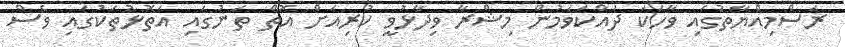
ރަސްމިއްޔާތުގައި ވާހަކަ ދައްކަވަމުން މިޝްރާ ވިދާޅުވީ ކުރިއަށް އޮތް ތަނުގައި އަތޮޅުތަކުގައި ވެސް